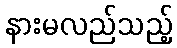
နားမလည်သည့်